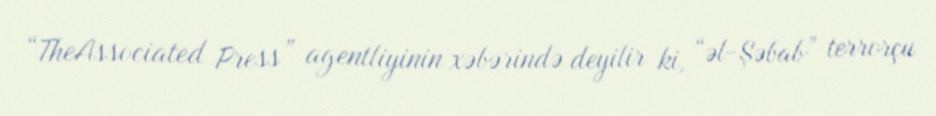
“TheAssociated Press” agentliyinin xəbərində deyilir ki, “əl-Şəbab” terrorçu